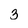
Character: 3